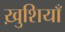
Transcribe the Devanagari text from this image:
ख़ुशियाँ